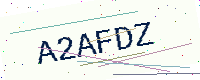
Text: A2AFDZ